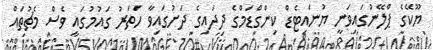
ޔޫކޭގެ ޕްލޭނުގައިވަނީ ޔުނައިޓެޑް ކިންގްޑަމްގެ ދިދައިގެ ދަށުގައިވާ ހަތަރު ގައުމުގައި ވެސް މެޗުތައް